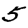
Digit: 5